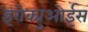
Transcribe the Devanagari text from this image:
इरोक्युओईस